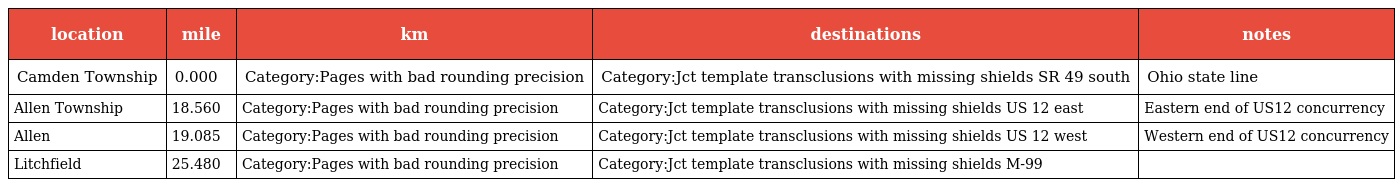
| location | mile | km | destinations | notes |
 | --- | --- | --- | --- | --- |
 | Camden Township | 0.000 | Category:Pages with bad rounding precision | Category:Jct template transclusions with missing shields SR 49 south | Ohio state line |
 | Allen Township | 18.560 | Category:Pages with bad rounding precision | Category:Jct template transclusions with missing shields US 12 east | Eastern end of US12 concurrency |
 | Allen | 19.085 | Category:Pages with bad rounding precision | Category:Jct template transclusions with missing shields US 12 west | Western end of US12 concurrency |
 | Litchfield | 25.480 | Category:Pages with bad rounding precision | Category:Jct template transclusions with missing shields M-99 |  |